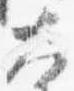
大